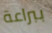
ببراعة